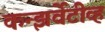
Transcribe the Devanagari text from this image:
कन्झर्वेटीव्ह